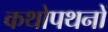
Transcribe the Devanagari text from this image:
कथोपथनों